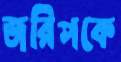
জরিপকে